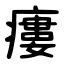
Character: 瘻